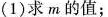
(1)求m的值；